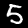
Digit: 5